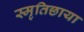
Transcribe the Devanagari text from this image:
स्मृतिछाया